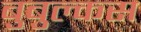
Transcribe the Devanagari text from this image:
बुबुल्कस